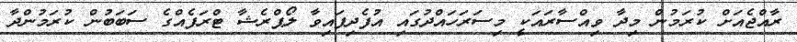
ރާއްޖެއަށް ކުރަމުން މިދާ ވިއްސާރައަކީ މިސަރަހައްދުގައި އުފެދިފައިވާ ލޯޕްރެޝާ ޓްރަފެއްގެ ސަބަބުން ކުރަމުންދާ